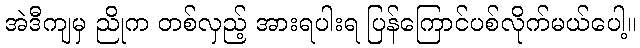
အဲဒီကျမှ ညိုက တစ်လှည့် အားရပါးရ ပြန်ကြောင်ပစ်လိုက်မယ်ပေါ့။